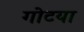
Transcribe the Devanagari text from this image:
गोटया